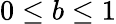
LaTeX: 0\le b\le 1